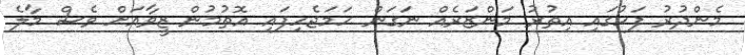
މެންދުރު ފަހުގައި އިތުރު މަންޒަރެއް ނަގަން ހަމަޖެހިފައި އޮތުމުން ޒީވާއަށް ވެސް މާލެ